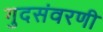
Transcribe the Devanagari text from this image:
गुदसंवरणी